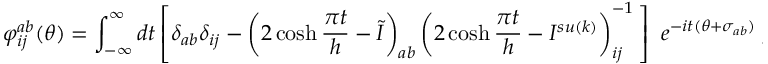
\varphi _ { i j } ^ { a b } ( \theta ) = \int _ { - \infty } ^ { \infty } d t \left[ \delta _ { a b } \delta _ { i j } - \left( 2 \cosh \frac { \pi t } { h } - \tilde { I } \right) _ { a b } \left( 2 \cosh \frac { \pi t } { h } - I ^ { s u ( k ) } \right) _ { i j } ^ { - 1 } \, \right] \, \, e ^ { - i t ( \theta + \sigma _ { a b } ) } \; ,